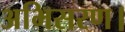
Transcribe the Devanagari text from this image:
अभिसरण।